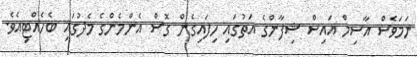
ނަމަވެސް އާސިމް އައިސް ޝިފާންގެ އަތުގައި ހިފައިގެން ގޮސް އެންމެންގެ މެދުގައި ބެހެއްޓިއެވެ.